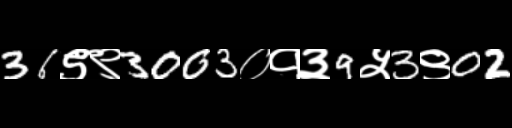
Text: 36९९3003०१३9५3९02